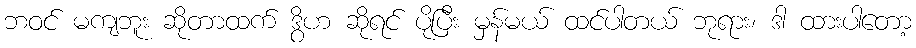
ဘဝင် မကျဘူး ဆိုတာထက် ဒွိဟ ဆိုရင် ပိုပြီး မှန်မယ် ထင်ပါတယ် ဘုရား၊ ဒါ ထားပါတော့